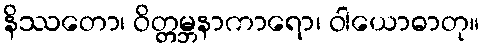
နိဿတော၊ ဝိတ္တမ္ဘနာကာရော၊ ဝါယောဓာတု။